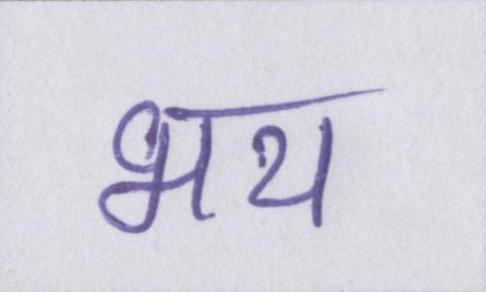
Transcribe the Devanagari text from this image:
भय